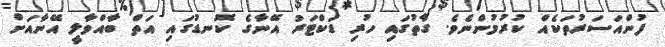
ފުންއަސަރުތަކެއް ކުރުމުންނެވެ. ގާތުގައި ހުރި ޑަކްޓަރު އޭނާގެ ކޮނޑުގައި އަތް ބާއްވާލީ އޭނާއަށް